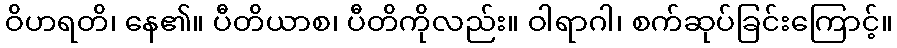
ဝိဟရတိ၊ နေ၏။ ပီတိယာစ၊ ပီတိကိုလည်း။ ဝါရာဂါ၊ စက်ဆုပ်ခြင်းကြောင့်။